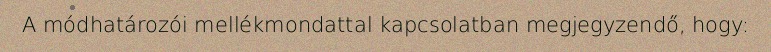
A módhatározói mellékmondattal kapcsolatban megjegyzendő, hogy: